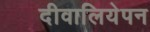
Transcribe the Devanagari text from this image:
दीवालियेपन